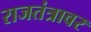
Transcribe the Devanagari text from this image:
राजतंत्रावर